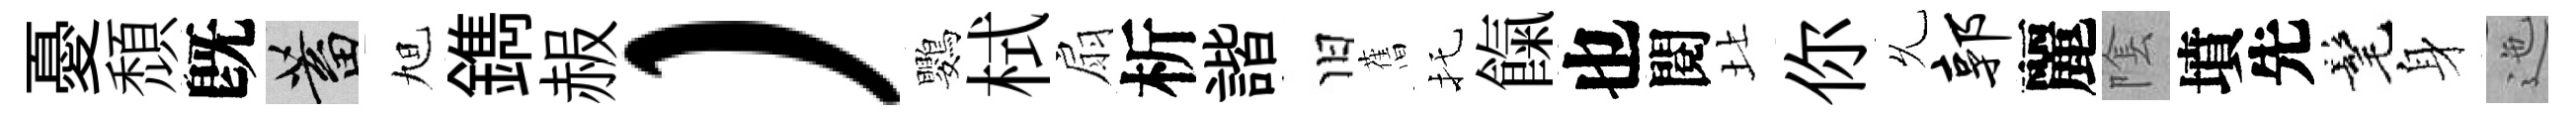
憂頹旣蓄旭鐫赧）鸚栻扇析諧旧𦾔托餼也閱北你𠃔郭麗隂墳先髦身迤